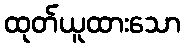
ထုတ်ယူထားသော